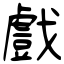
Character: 戲